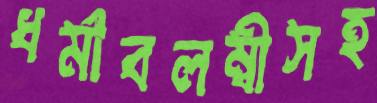
ধর্মাবলম্বীসহ